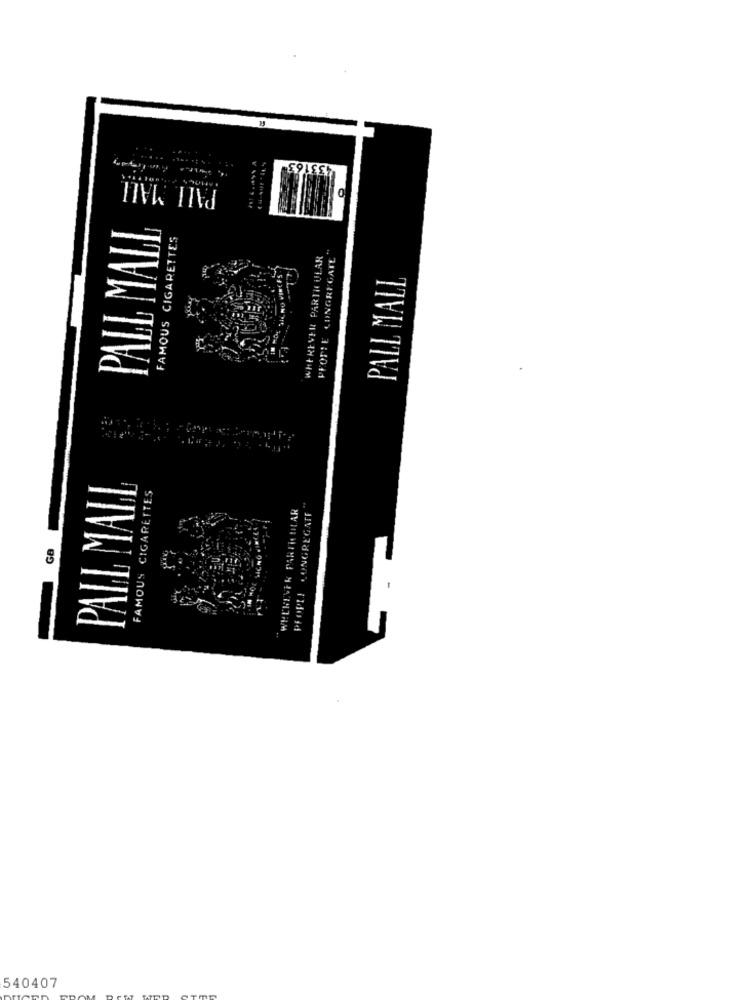
433163
PALL MALL
PALL MALL
FAMOUS CIGARETTES
WHEREVER PARTH ULAR
PEOPLE CONGREGATE "
PALL MALL
PALL MALL
FAMOUS CIGARETTES
WELKEVEK PARTICULAR
PEOPLE CONGREGATE"
GB
540407